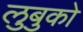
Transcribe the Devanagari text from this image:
लुबुको